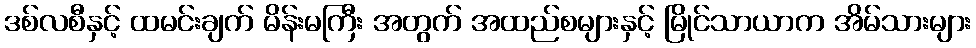
ဒစ်လစီနှင့် ထမင်းချက် မိန်းမကြီး အတွက် အထည်စများနှင့် မြိုင်သာယာက အိမ်သားများ